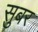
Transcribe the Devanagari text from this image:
सुबर